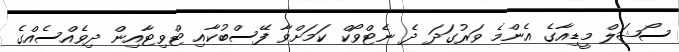
ސޯޝަލް މީޑިއާގެ އެންމެ ވަރުގަދަ ދެ ނެޓްވޯކް ކަމަށްވާ ފޭސްބުކާއި ޓްވިޓާއިން ދިވެއްސެއްގެ